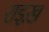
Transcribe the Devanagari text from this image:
राइख़